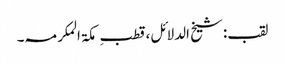
لقب:شیخ الدلائل،قطبِ مکۃ المکرمہ۔